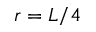
r = L / 4